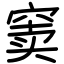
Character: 窦